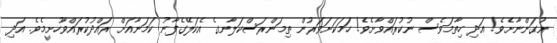
ނުގަންނާށެވެ! އަދި ހިތާމަވެސް ނުކުރައްވާށެވެ! ހަމަކަށަވަރުން ތިމަންރަސްކަލާނގެ އެކަލޭގެފާނު ކަމަނާއަށް ރައްދުކުރައްވާހުށީމެވެ. އަދި